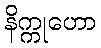
နိက္ကုဟော